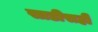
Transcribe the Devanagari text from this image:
साडीसही